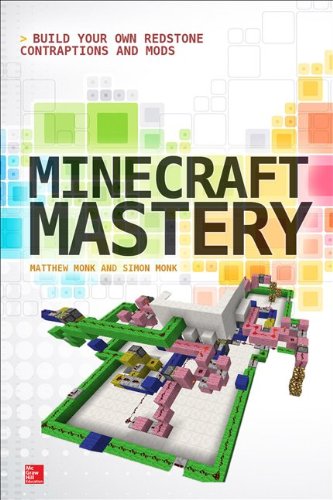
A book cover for Minecraft Mastery: Build Your Own Redstone Contraptions and Mods; Matthew Monk; Humor & Entertainment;